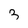
Character: 3